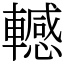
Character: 轗